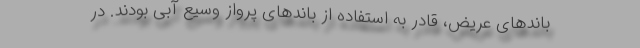
باندهای عریض، قادر به استفاده از باندهای پرواز وسیع آبی بودند. در